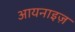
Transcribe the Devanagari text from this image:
आयनाइज़